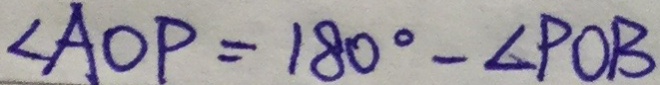
\angle A O P = 1 8 0 ^ { \circ } - \angle P O B